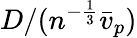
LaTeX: D/(n^{-\frac{1}{3}}\bar{v}_{p})